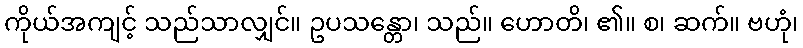
ကိုယ်အကျင့် သည်သာလျှင်။ ဥပသန္တော၊ သည်။ ဟောတိ၊ ၏။ စ၊ ဆက်။ ဗဟုံ၊